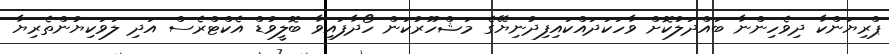
ޕްރިޔަންކާ ދިވެހިންނާ ބައްދަލުކޮށް ވާހަކަދައްކައިފިދުނިޔޭގެ މަޝްހޫރުކަން ހޯދާފައިވާ ބޮލީވުޑް އެކްޓްރެސް އަދި ލަވަކިޔުންތެރިޔާ